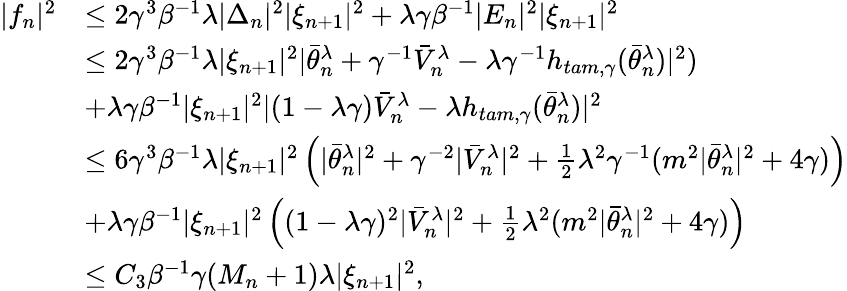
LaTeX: \begin{array}{rl}{|f_{n}|^{2}}&{\leq 2\gamma^{3}\beta^{-1}\lambda|\Delta_{n}|^{2}|\xi_{n+1}|^{2}+\lambda\gamma\beta^{-1}|E_{n}|^{2}|\xi_{n+1}|^{2}}\\ &{\leq 2\gamma^{3}\beta^{-1}\lambda|\xi_{n+1}|^{2}|\bar{\theta}_{n}^{\lambda}+\gamma^{-1}\bar{V}_{n}^{\lambda}-\lambda\gamma^{-1}h_{tam,\gamma}(\bar{\theta}_{n}^{\lambda})|^{2})}\\ &{+\lambda\gamma\beta^{-1}|\xi_{n+1}|^{2}|(1-\lambda\gamma)\bar{V}_{n}^{\lambda}-\lambda h_{tam,\gamma}(\bar{\theta}_{n}^{\lambda})|^{2}}\\ &{\leq 6\gamma^{3}\beta^{-1}\lambda|\xi_{n+1}|^{2}\left(|\bar{\theta}_{n}^{\lambda}|^{2}+\gamma^{-2}|\bar{V}_{n}^{\lambda}|^{2}+\frac{1}{2}\lambda^{2}\gamma^{-1}(m^{2}|\bar{\theta}_{n}^{\lambda}|^{2}+4\gamma)\right)}\\ &{+\lambda\gamma\beta^{-1}|\xi_{n+1}|^{2}\left((1-\lambda\gamma)^{2}|\bar{V}_{n}^{\lambda}|^{2}+\frac{1}{2}\lambda^{2}(m^{2}|\bar{\theta}_{n}^{\lambda}|^{2}+4\gamma)\right)}\\ &{\leq C_{3}\beta^{-1}\gamma(M_{n}+1)\lambda|\xi_{n+1}|^{2},}\end{array}